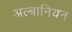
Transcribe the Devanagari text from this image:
अल्बानियन